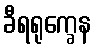
ခီရရုက္ခေန